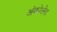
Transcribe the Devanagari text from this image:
अंकोलेद